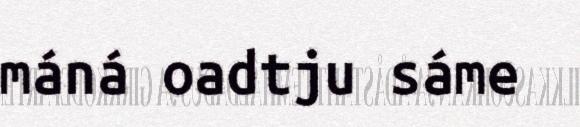
máná oadtju sáme